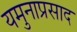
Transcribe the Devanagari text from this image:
यमुनाप्रसाद